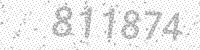
Solution: 811874